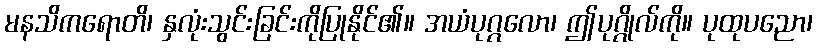
မနသိကရောတိ၊ နှလုံးသွင်းခြင်းကိုပြုနိုင်၏။ အယံပုဂ္ဂလော၊ ဤပုဂ္ဂိုလ်ကို။ ပုထုပညော၊